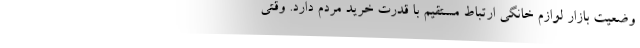
وضعیت بازار لوازم خانگی ارتباط مستقیم با قدرت خرید مردم دارد. وقتی